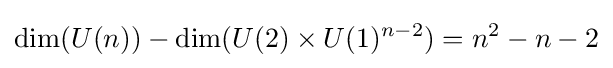
\mathrm {dim} (U(n))-\mathrm {dim} (U(2)\times U(1)^{n-2})=n^{2}-n-2